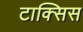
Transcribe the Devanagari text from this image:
टाक्सिस